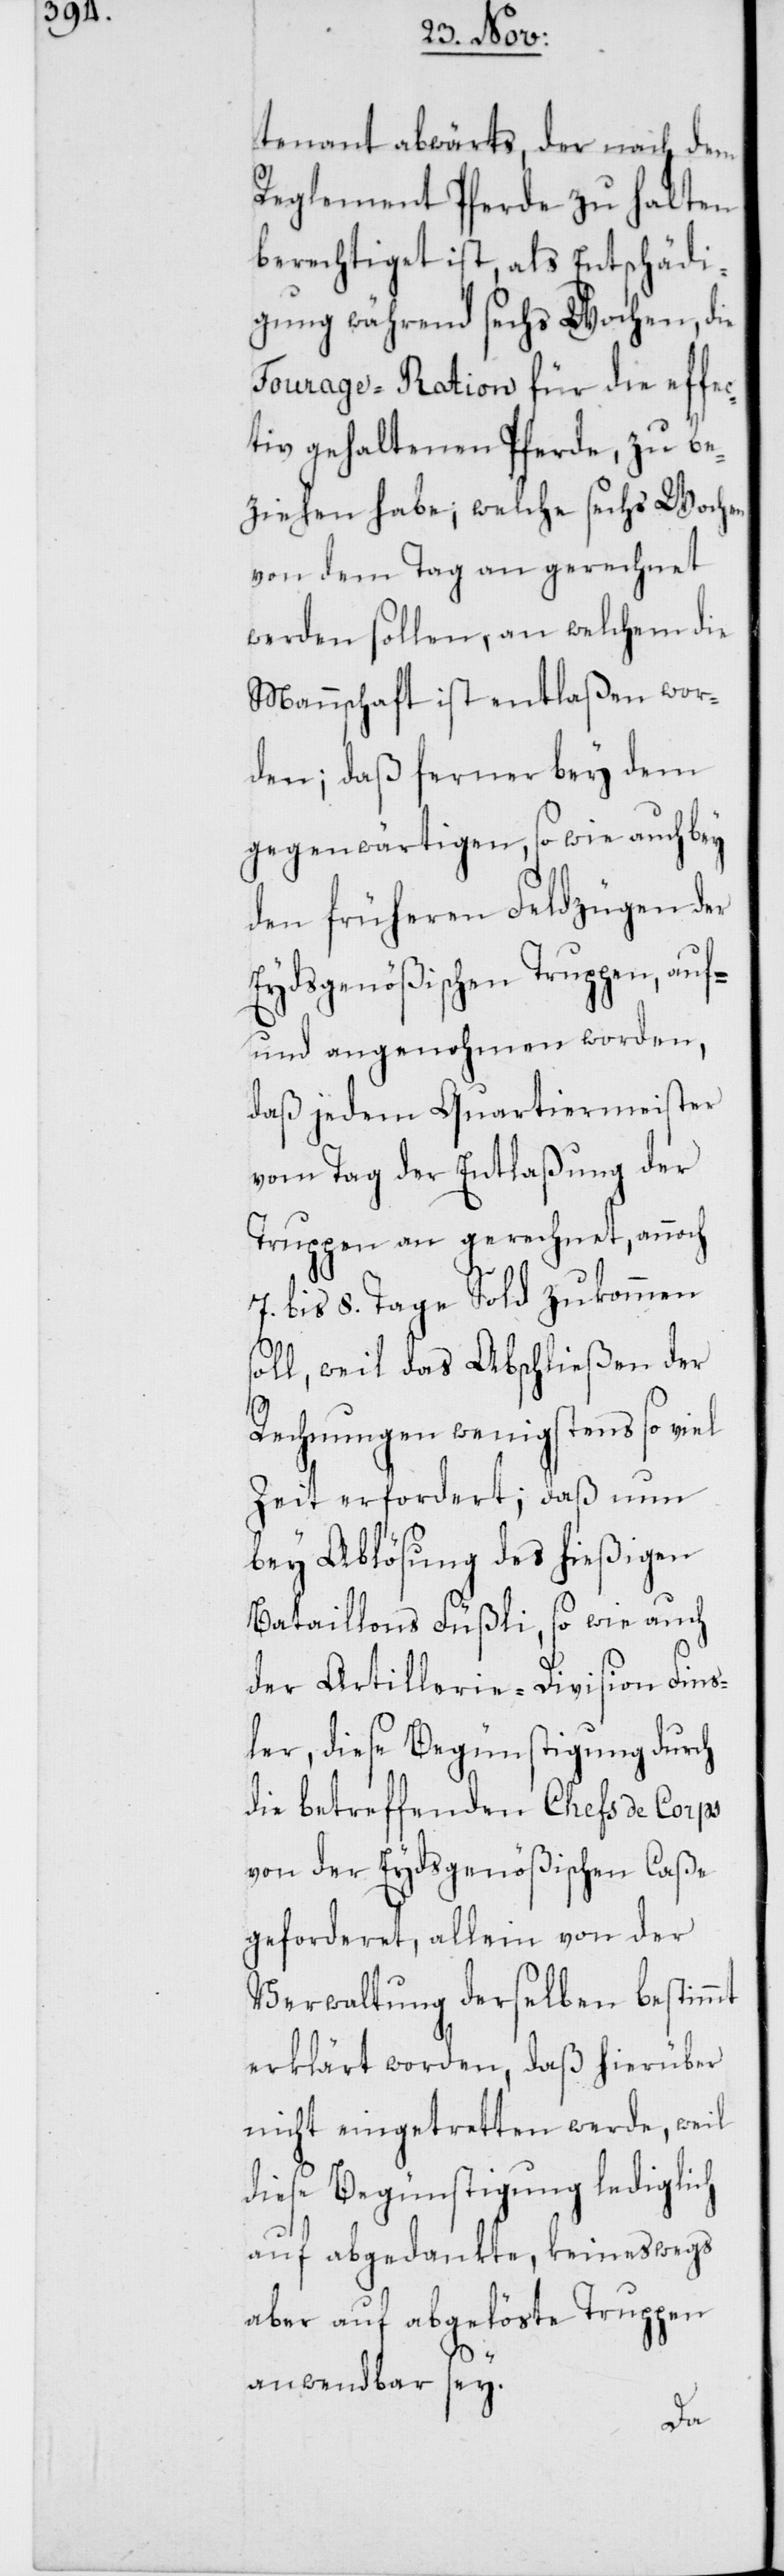
tenant abwärts, der nach dem
Reglement Pferde zu halten
berechtiget ist, als Entschädi¬
gung während sechs Wochen, die
Fourage-Ration für die effec¬
tiv gehaltenen Pferde, zu be¬
ziehen habe; welche sechs Wochen
von dem Tag an gerechnet
werden sollen, an welchem die
Mannschaft ist entlaßen wor¬
den; daß ferner bey dem
gegenwärtigen, so wie auch bey
den früheren Feldzügen der
Eydsgenößischen Truppen, auf-
und angenohmen worden,
daß jedem Quartiermeister
vom Tag der Entlaßung der
Truppen an gerechnet, annoch
7. bis 8. Tage Sold zukommen
soll, weil das Abschließen der
Rechnungen wenigstens so viel
Zeit erforderet; daß nun
bey Ablösung des hießigen
Bataillons Füßli, so wie auch
der Artillerie-Division Fins¬
ler, diese Begünstigung durch
die betreffenden Chefs de Corps
von der Eydsgenößischen Caße
geforderet, allein von der
Verwaltung derselben bestimmt
erklärt worden, daß hierüber
nicht eingetretten werde, weil
diese Begünstigung lediglich
auf abgedankte, keineswegs
aber auf abgelöste Truppen
anwendbar sey.